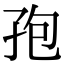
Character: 孢